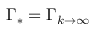
\Gamma _ { * } = \Gamma _ { k \rightarrow \infty }